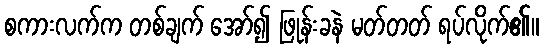
စကားလက်က တစ်ချက် အော်၍ ဖြုန်းခနဲ မတ်တတ် ရပ်လိုက်၏။